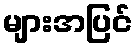
များအပြင်